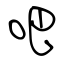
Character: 吧